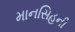
માનસિહની